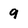
Character: 9